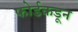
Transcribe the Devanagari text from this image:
फोर्डकडून